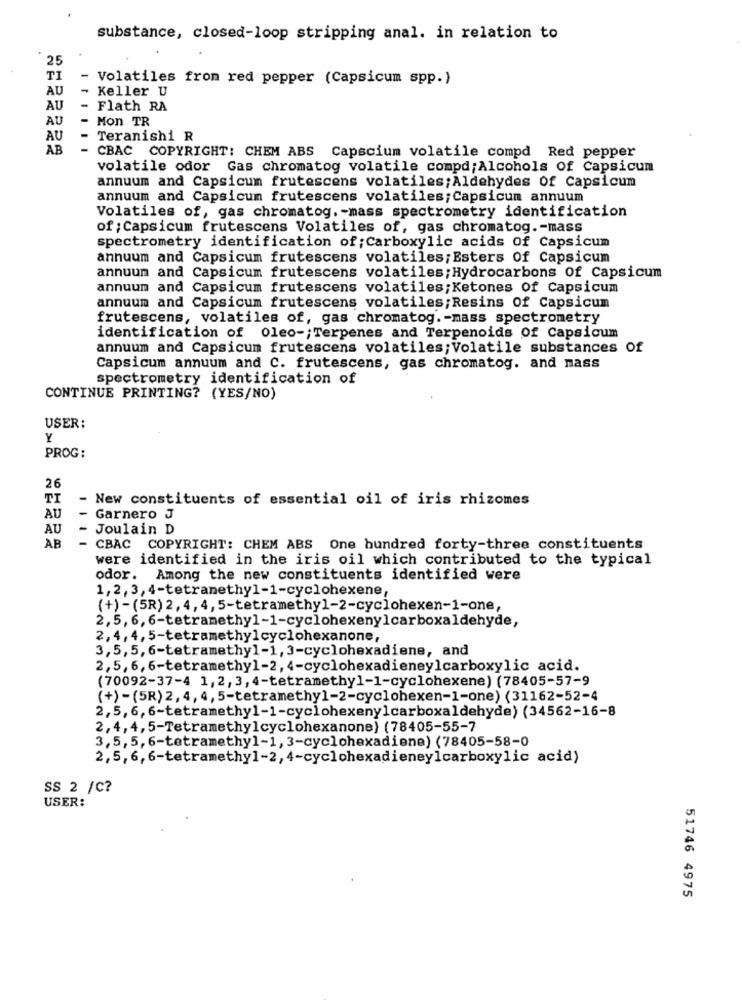
substance, closed-loop stripping anal. in relation to
25
TI
- Volatiles from red pepper (Capsicum spp.)
AU
- Keller U
AU
-
Flath RA
AU
Mon TR
AU
Teranishi R
AB
- CBAC COPYRIGHT: CHEM ABS Capscium volatile compd Red pepper
volatile odor Gas chromatog volatile compd;Alcohols Of Capsicum
annuum and Capsicum frutescens volatiles; Aldehydes Of Capsicum
annuum and Capsicum frutescens volatiles;Capsicum annuum
Volatiles of, gas chromatog. - mass spectrometry identification
of ; Capsicum frutescens Volatiles of, gas chromatog .- mass
spectrometry identification of ; Carboxylic acids Of Capsicum
annuum and Capsicum frutescens volatiles; Esters Of Capsicum
annuum and Capsicum frutescens volatiles; Hydrocarbons Of Capsicum
annuum and Capsicum frutescens volatiles;Ketones Of Capsicum
annuum and Capsicum frutescens volatiles;Resins Of Capsicum
frutescens, volatiles of, gas chromatog. - mass spectrometry
identification of Oleo -; Terpenes and Terpenoids Of Capsicum
annuum and Capsicum frutescens volatiles; Volatile substances of
Capsicum annuum and C. frutescens, gas chromatog. and mass
spectrometry identification of
CONTINUE PRINTING? (YES/NO)
USER:
Y
PROG:
26
TI
- New constituents of essential oil of iris rhizomes
AU
- Garnero J
AU
- Joulain D
AB
- CBAC COPYRIGHT: CHEM ABS One hundred forty-three constituents
were identified in the iris oil which contributed to the typical
odor. Among the new constituents identified were
1,2, 3, 4-tetranethyl-1-cyclohexene,
(+) -(5R) 2, 4, 4, 5-tetramethyl-2-cyclohexen-1-one,
2,5,6, 6-tetramethyl-1-cyclohexenylcarboxaldehyde,
2, 4, 4, 5-tetramethyl cyclohexanone,
3,5, 5, 6-tetramethyl-1, 3-cyclohexadiene, and
2,5, 6, 6-tetramethyl-2, 4-cyclohexadieneylcarboxylic acid.
(70092-37-4 1,2,3,4-tetramethy1-1-cyclohexene) (78405-57-9
(+)-(5R) 2, 4, 4, 5-tetramethyl-2-cyclohexen-1-one) (31162-52-4
2,5, 6,6-tetramethyl-1-cyclohexenylcarboxaldehyde) (34562-16-8
2,4,4,5-Tetramethylcyclohexanone) (78405-55-7
3,5, 5, 6-tetramethyl-1, 3-cyclohexadiene) (78405-58-0
2,5, 6, 6-tetramethyl-2, 4-cyclohexadieneylcarboxylic acid)
SS 2 /C?
USER:
51746 4975